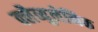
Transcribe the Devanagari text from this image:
क्लैव्युलेनिक